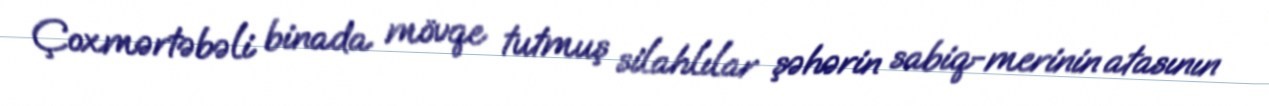
Çoxmərtəbəli binada mövqe tutmuş silahlılar şəhərin sabiq-merinin atasının